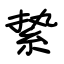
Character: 絷